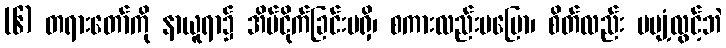
(၆) တရားတော်ကို နာယူရာ၌ အိပ်ငိုက်ခြင်းမရှိ၊ စကားလည်းမပြော၊ စိတ်လည်း မပျံ့လွင့်ဘဲ